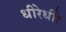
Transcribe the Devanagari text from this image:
धीरेधीरे